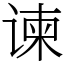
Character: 谏